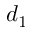
d _ { 1 }